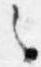
之